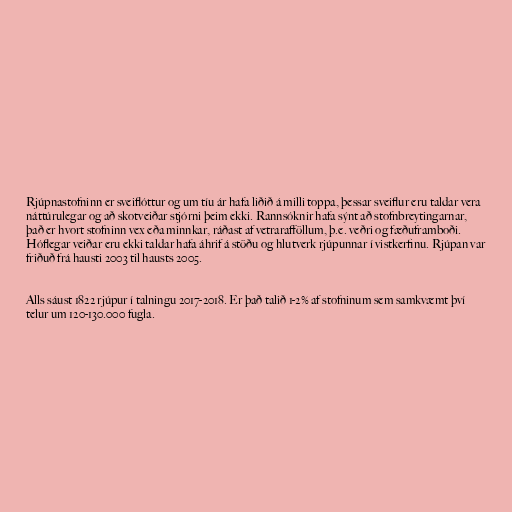
Rjúpnastofninn er sveiflóttur og um tíu ár hafa liðið á milli toppa, þessar sveiflur eru taldar vera
náttúrulegar og að skotveiðar stjórni þeim ekki. Rannsóknir hafa sýnt að stofnbreytingarnar,
það er hvort stofninn vex eða minnkar, ráðast af vetrarafföllum, þ.e. veðri og fæðuframboði.
Hóflegar veiðar eru ekki taldar hafa áhrif á stöðu og hlutverk rjúpunnar í vistkerfinu. Rjúpan var
friðuð frá hausti 2003 til hausts 2005.

Alls sáust 1822 rjúpur í talningu 2017-2018. Er það talið 1-2% af stofninum sem samkvæmt því
telur um 120-130.000 fugla.